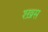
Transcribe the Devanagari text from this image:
श्ख़स